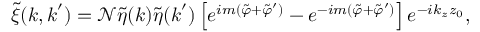
\tilde { \xi } ( \boldsymbol { k } , \boldsymbol { k } ^ { \prime } ) = \mathcal { N } \tilde { \eta } ( \boldsymbol { k } ) \tilde { \eta } ( \boldsymbol { k } ^ { \prime } ) \left[ e ^ { i m ( \tilde { \varphi } + \tilde { \varphi } ^ { \prime } ) } - e ^ { - i m ( \tilde { \varphi } + \tilde { \varphi } ^ { \prime } ) } \right] e ^ { - i k _ { z } z _ { 0 } } ,